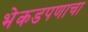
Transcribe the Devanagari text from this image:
भेकडपणाचा